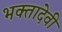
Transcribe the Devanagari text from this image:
भक्तादेवी